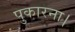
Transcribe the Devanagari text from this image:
पुकारना।